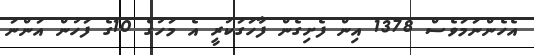
އެހެންނަމަވެސް 1378 އިން ފެށިގެން ފާހަގަކުރީ އެ މަހުގެ 10ގެ ފަހުން އަންނަ